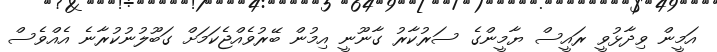
އަމީން ވިދާޅުވީ ރައީސް ޔާމީންގެ ސަރުކާރު ގާނޫނީ އިމުން ބޭރުވެއްޖެކަމަށް ގަބޫލުނުކުރާނެ އެއްވެސް